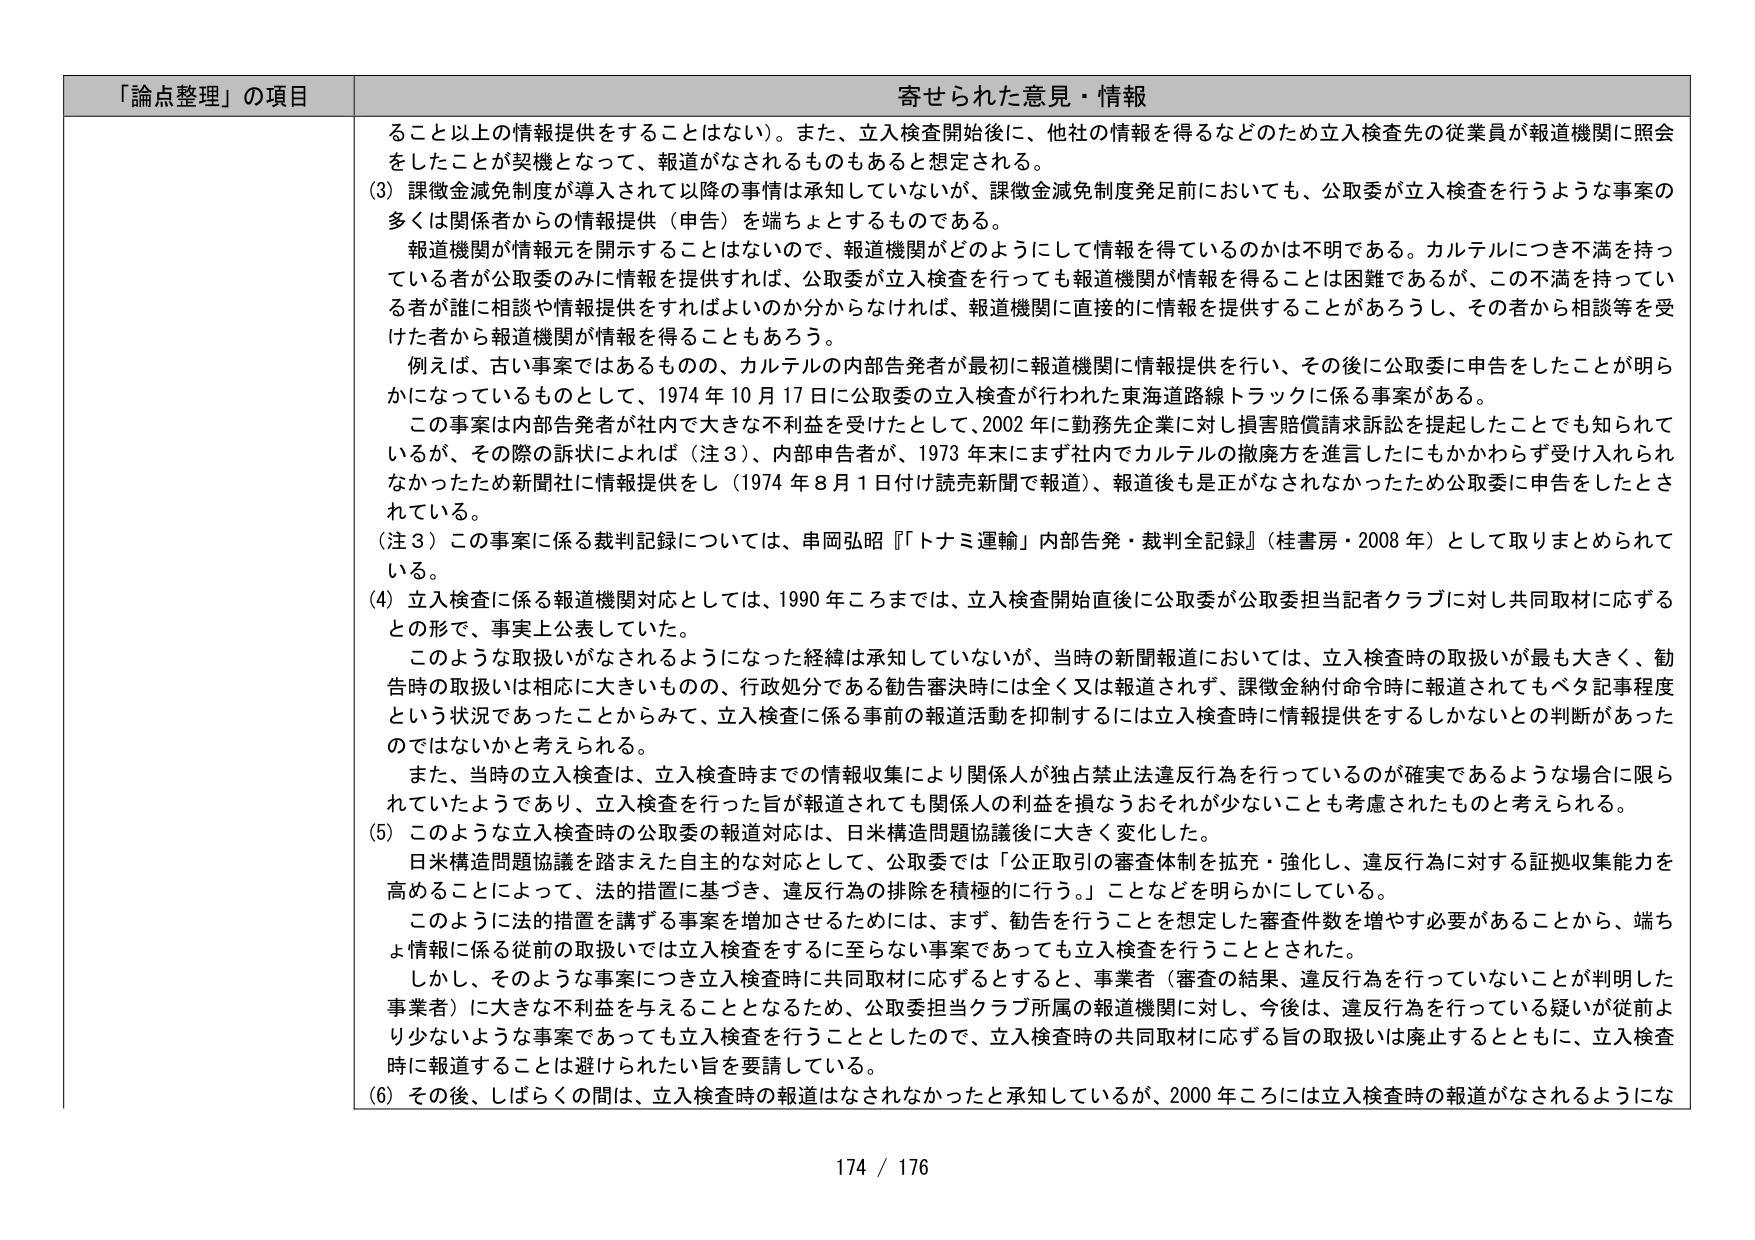
「論点整理」の項目 寄せられた意見・情報
ること以上の情報提供をすることははない）。また、立入検査開始後に、他社の情報を得るなどのため立入検査先の従業員が報道機関に照会をしたことが契機となって、報道がなされるものもあると想定される。
(3) 課徴金減免制度が導入されて以降の事情は承知していないが、課徴金減免制度発足前においても、公取委が立入検査を行うような事案の多くは関係者からの情報提供（申告）を端ちよとするものである。
報道機関が情報元を開示することはないので、報道機関がどのようにして情報を得ているのかは不明である。カルテルにつき不満を持っている者が公取委のみに情報を提供すれば、公取委が立入検査を行っても報道機関が情報を得ることは困難であるが、この不満を持ってい る者が誰に相談や情報提供をすればよいのか分からなければ、報道機関に直接的に情報を提供することがあろうし、その者から相談等を受けた者から報道機関が情報を得ることもあろう。
例えば、古い事案ではあるものの、カルテルの内部告発者が最初に報道機関に情報提供を行い、その後に公取委に申告をしたことが明らかになっているものとして、1974年10月17日に公取委の立入検査が行われた東海道路線トラックに係る事案がある。
この事案は内部告発者が社内で大きな不利益を受けたとして、2002年に勤務先企業に対し損害賠償請求訴訟を提起したことでも知られているが、その際の訴状によれば（注3）、内部申告者が、1973年末にまず社内でカルテルの撤廃方を進言したにもかかわらず受け入れられなかったため新聞社に情報提供をし（1974年8月1日付け読売新聞で報道）、報道後も是正がなされなかったため公取委に申告をしたされている。
（注3）この事案に係る裁判記録については、串岡弘昭『「トナミ運輸」内部告発・裁判全記録』（桂書房・2008年）として取りまとめられている。
(4) 立入検査に係る報道機関対応としては、1990年ころまでは、立入検査開始直後に公取委が公取委担当記者クラブに対し共同取材に応ずる との形で、事実上公表していた。
このような取扱いがなされるようになった経緯は承知していないが、当時の新聞報道においては、立入検査時の取扱いが最も大きく、勧告時の取扱いは相応に大きいものの、行政処分である勧告審決時には全く又は報道されず、課徴金納付命令時には報道されてもベタ記事程度という状況であったことからみて、立入検査に係る事前の報道活動を抑制するには立入検査時に情報提供をするしかないとの判断があったのではないかと考えられる。
また、当時の立入検査は、立入検査時までの情報収集により関係人が独占禁止法違反行為を行っているのが確実であるような場合に限られていたようであり、立入検査を行った旨が報道されても関係人の利益を損なうおそれが少ないことも考慮されたものと考えられる。
(5) このような立入検査時の公取委の報道対応は、日米構造問題協議後に大きく変化した。
日米構造問題協議を踏まえた自主的な対応として、公取委では「公正取引の審査体制を拡充・強化し、違反行為に対する証拠収集能力を高めることによって、法的措置に基づき、違反行為の排除を積極的に行う。」ことなどを明らかにしている。
このように法的措置を講ずる事案を増加させるためには、まず、勧告を行うことを想定した審査件数を増やす必要があることから、端ちよ情報に係る従前の取扱いでは立入検査をすると至らない事案であっても立入検査を行うこととされた。
しかし、そのような事案につき立入検査時に共同取材に応ずるとすると、事業者（審査の結果、違反行為を行っていないことが判明した事業者）に大きな不利益を与えることとなるため、公取委担当クラブ所属の報道機関に対し、今後は、違反行為を行っている疑いが従前より少ないような事案であっても立入検査を行うこととしたので、立入検査時の共同取材に応ずる旨の取扱いは廃止するとともに、立入検査時に報道することは避けられたい旨を要請している。
(6) その後、しばらくの間は、立入検査時の報道はなされなかったと承知しているが、2000年ころには立入検査時の報道がなされるようにな
174 / 176